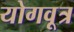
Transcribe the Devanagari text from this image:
योगवूत्र